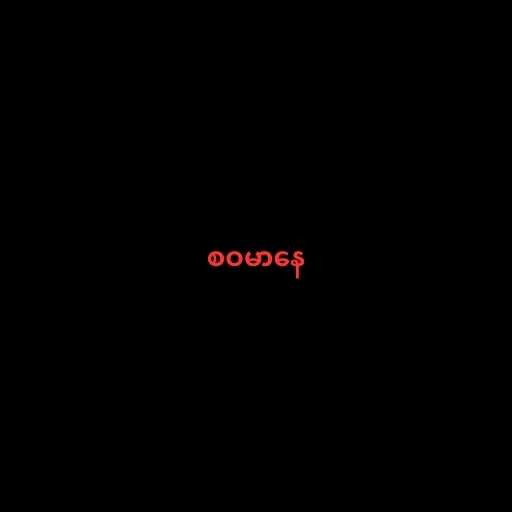
စဝမာနေ